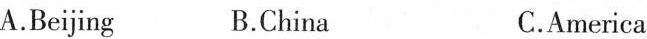
A.Beijing B.China C.America